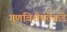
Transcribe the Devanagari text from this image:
गुणविशेषतेकडे